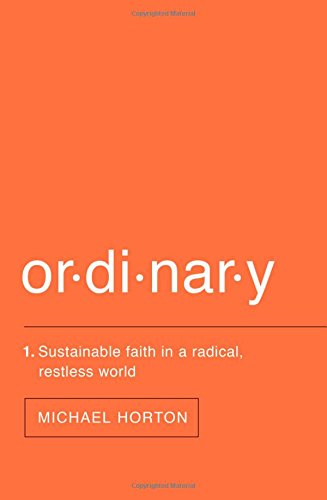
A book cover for Ordinary: Sustainable Faith in a Radical, Restless World; Michael Horton; Christian Books & Bibles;